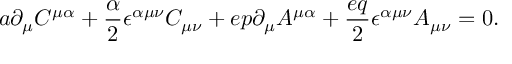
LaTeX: a \partial _ { \mu } C ^ { \mu \alpha } + { \frac { \alpha } { 2 } } \epsilon ^ { \alpha \mu \nu } C _ { \mu \nu } + e p \partial _ { \mu } A ^ { \mu \alpha } + { \frac { e q } { 2 } } \epsilon ^ { \alpha \mu \nu } A _ { \mu \nu } = 0 .